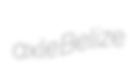
axle Belize